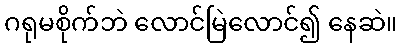
ဂရုမစိုက်ဘဲ လောင်မြဲလောင်၍ နေဆဲ။